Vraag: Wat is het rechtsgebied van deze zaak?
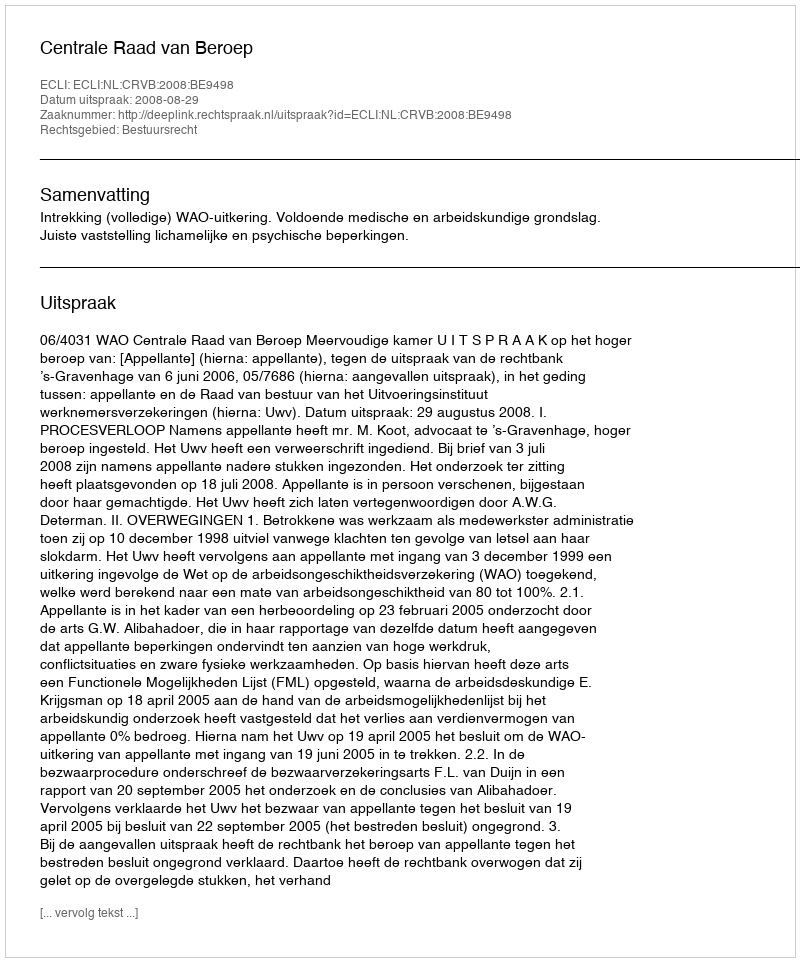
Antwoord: Bestuursrecht